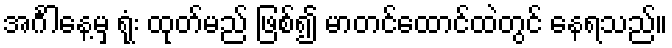
အင်္ဂါနေ့မှ ရုံး ထုတ်မည် ဖြစ်၍ မာတင်ထောင်ထဲတွင် နေရသည်။